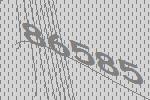
86585